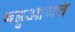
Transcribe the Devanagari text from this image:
बहुआयत